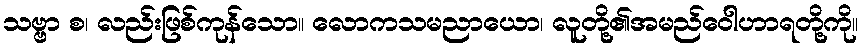
သဗ္ဗာ စ၊ လည်းဖြစ်ကုန်သော။ လောကသမညာယော၊ လူတို့၏အမည်ဝေါဟာရတို့ကို။